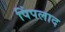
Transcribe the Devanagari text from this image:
पिंपलाद